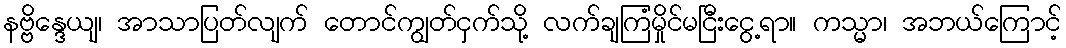
နဗ္ဗိန္ဒေယျ၊ အာသာပြတ်လျက် တောင်ကျွတ်ငှက်သို့ လက်ချကြံမှိုင်မငြီးငွေ့ရာ။ ကသ္မာ၊ အဘယ်ကြောင့်